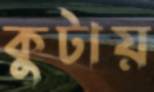
কুটায়